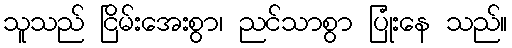
သူသည် ငြိမ်းအေးစွာ၊ ညင်သာစွာ ပြုံးနေ သည်။